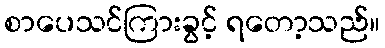
စာပေသင်ကြားခွင့် ရတော့သည်။